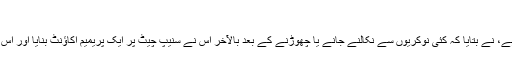
“
رپورٹ کے مطابق سٹیفنی جو 11سالہ بیٹی کی ماں ہے، نے بتایا کہ کئی نوکریوں سے نکالنے جانے یا چھوڑنے کے بعد بالآخر اس نے سنیپ چیٹ پر ایک پریمیم اکاﺅنٹ بنایا اور اس پر اپنی نیم برہنہ تصاویر پوسٹ کرنی شروع کر دی۔